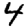
Digit: 4